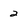
Character: 2